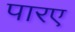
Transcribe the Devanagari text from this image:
पारए